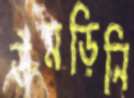
উমড়িনি